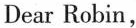
Dear Robin，